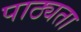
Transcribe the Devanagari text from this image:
पाठ्यता